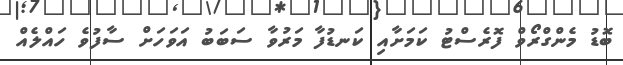
ބޮޑު މެންގްރޯވް ފޮރެސްޓު ކަމަށާއި ކަނޑުފާ މަރުވާ ސަބަބު އަވަހަށް ސާފުވެ ހައްލެއް